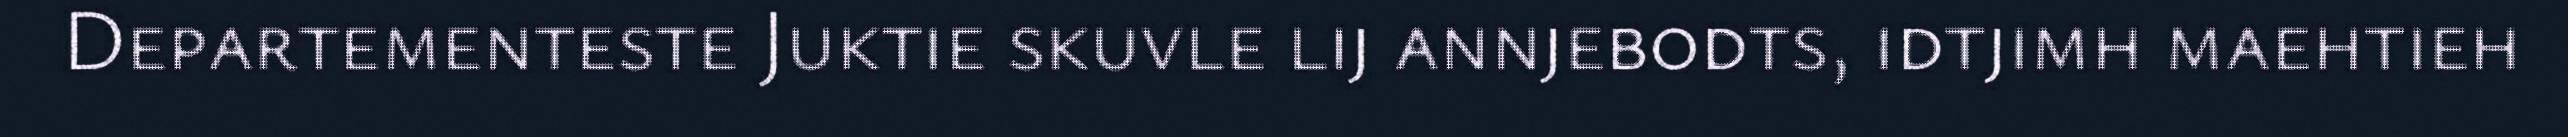
Departementeste Juktie skuvle lij annjebodts, idtjimh maehtieh